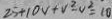
2 5 + 1 0 V + V ^ { 2 } - V ^ { 2 } = 1 0